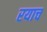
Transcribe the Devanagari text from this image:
रयाच